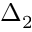
\Delta _ { 2 }